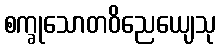
စက္ခုသောတဝိညေယျေသု